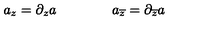
a _ { z } = \partial _ { z } a \qquad \qquad a _ { \overline { { z } } } = \partial _ { \overline { { z } } } a